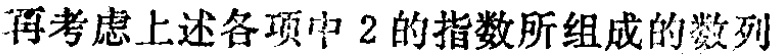
再考虑上述各项中 2 的指数所组成的数列